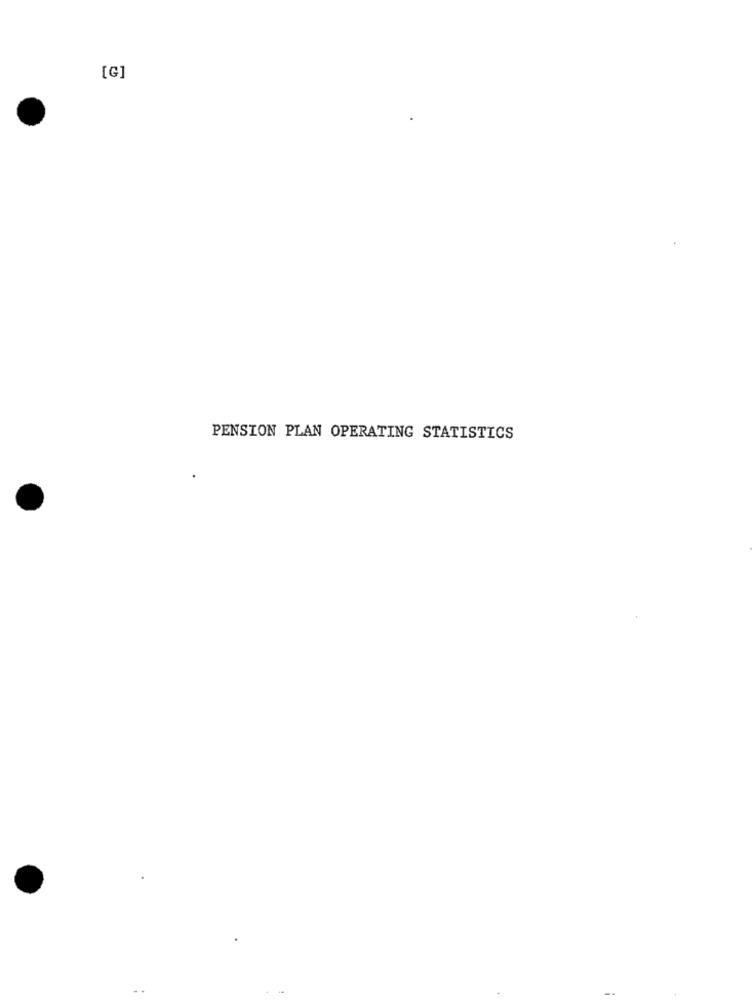
[G]
PENSION PLAN OPERATING STATISTICS